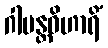
ဂါမန္တဝိဟာရိံ